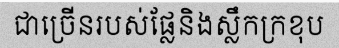
ជាច្រើនរបស់ផ្លែនិងស្លឹកក្រខុប